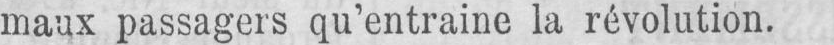
maux passagers qu’entraîne la révolution.